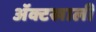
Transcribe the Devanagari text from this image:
ॲक्टखाली